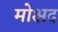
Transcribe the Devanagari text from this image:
मोक्षद